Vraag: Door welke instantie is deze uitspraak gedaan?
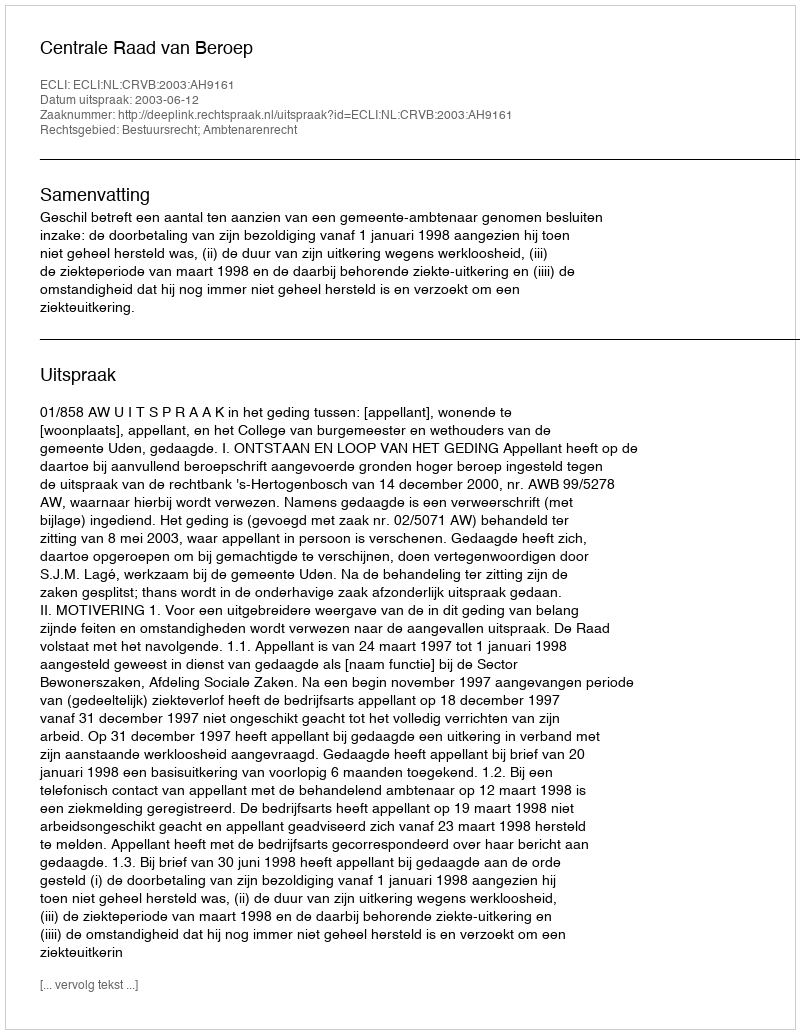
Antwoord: Centrale Raad van Beroep